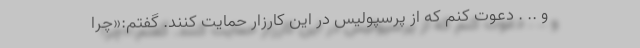
و .. . دعوت کنم که از پرسپولیس در این کارزار حمایت کنند. گفتم:«چرا